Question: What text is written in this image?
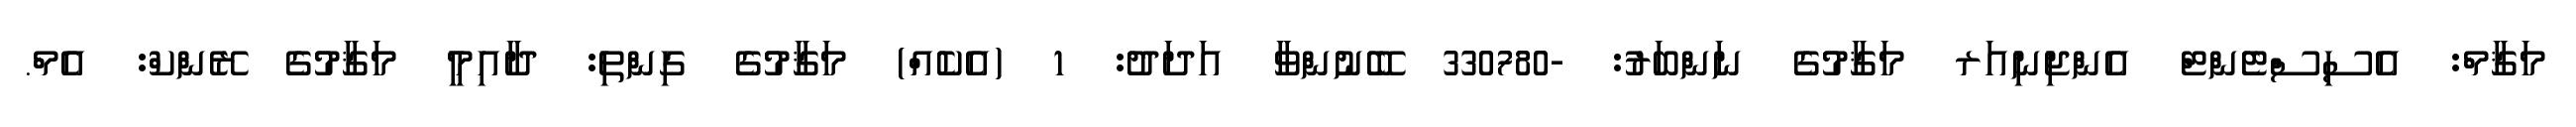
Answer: މަޤާމް: އެސިސްޓެންޓް އެންޖިނިއަރ މަޤާމުގެ ނަންބަރު: -330780 ބޭނުންވާ އަދަދު: 1 (އެކެއް) މަޤާމުގެ ގިންތި: ދާއިމީ މަޤާމުގެ ރޭންކް: އެމް.